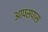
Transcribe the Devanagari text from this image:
आपसपास